Vaccine operations Central Provinces & Berar 1922-1929 - 1922-1929
Year: 1922
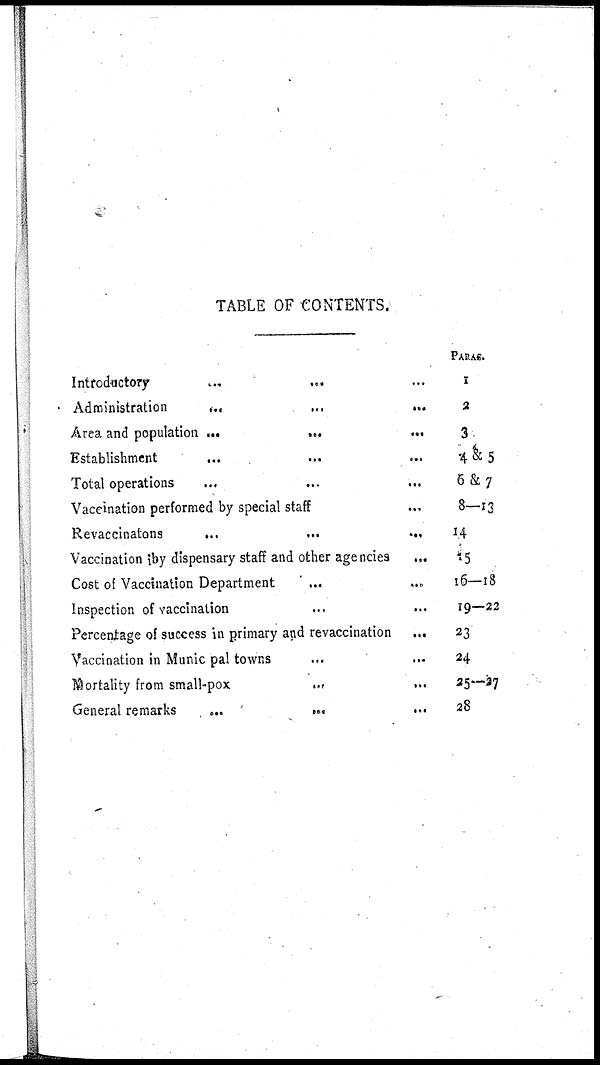
TABLE OF CONTENTS.
Introductory
...
... ...
Administration
...
...
...
Area and population ...
...
...
Establishment
... ... ...
Total operations
...
...
...
Vaccination performed by special staff ...
Revaccinatons
...
...
...
Vaccination iby dispensary staff and other agencies
...
Cost of Vaccination Department
... ...
Inspection of vaccination ... ... ...
Percentage of success in primary and revaccination
...
Vaccination in Municipal towns ... ...
Mortality from small-pox
... ...
General remarks
...
...
...
PARAS.
1
2
3
4&5
6&7
8—13
14
15
16—18
19—22
23
24
25—27
28